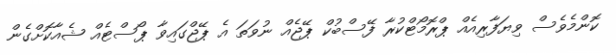
ކޮންމެވެސް ވިޔަފާރިއެއް ޕްރޮމޯޓްކުރާ ފޭސްބުކް ޕޭޖެއް ނުވަތަ އެ ޕޭޖްގައިވާ ޕޯސްޓެއް ޝެއާކޮށްގެން